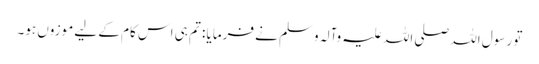
تو رسول اللہ صلی اللہ علیہ وآلہ وسلم نے فرمایا : تم ہی اس کام کے لیے موزوں ہو۔